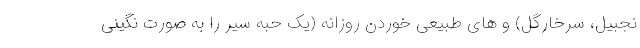
نجبیل، سرخارگل) و های طبیعی خوردن روزانه (یک حبه سیر را به صورت نگینی